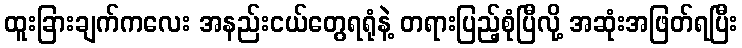
ထူးခြားချက်ကလေး အနည်းငယ်တွေရရုံနဲ့ တရားပြည့်စုံပြီလို့ အဆုံးအဖြတ်ရပြီး